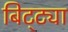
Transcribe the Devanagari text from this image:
बिट्ट्या